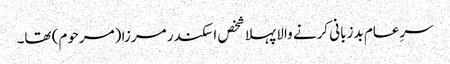
سرِعام بدزبانی کرنے والا پہلا شخص اسکندر مرزا (مرحوم) تھا۔